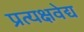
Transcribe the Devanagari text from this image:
प्रत्यक्षवेद्य